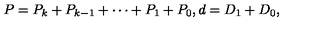
P = P _ { k } + P _ { k - 1 } + \cdots + P _ { 1 } + P _ { 0 } , d = D _ { 1 } + D _ { 0 } ,